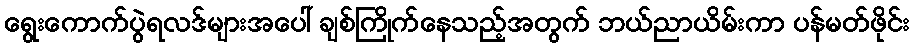
ရွေးကောက်ပွဲရလဒ်များအပေါ် ချစ်ကြိုက်နေသည့်အတွက် ဘယ်ညာယိမ်းကာ ပန်မတ်ဖိုင်း